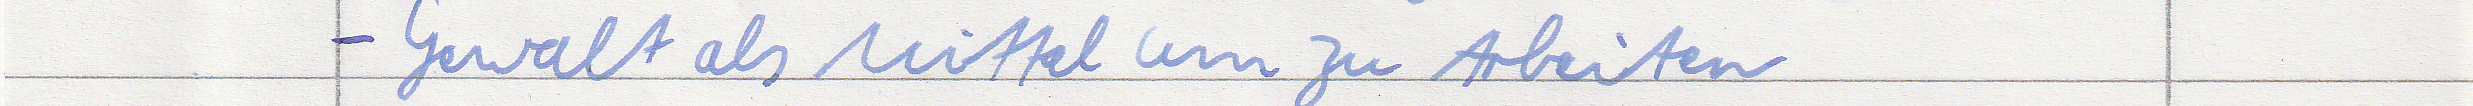
- Gewalt als Mittel um zu Arbeiten